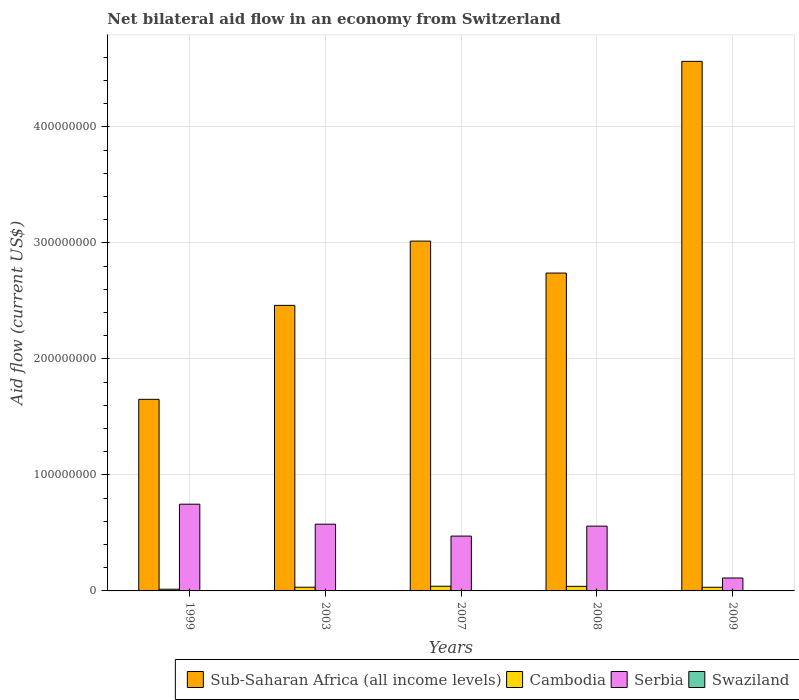
| Years | Sub-Saharan Africa (all income levels) | Cambodia | Serbia | Swaziland |
 | --- | --- | --- | --- | --- |
 | 1999 | 1.65e+08 | 1.46e+06 | 7.48e+07 | 4e+04 |
 | 2003 | 2.46e+08 | 3.19e+06 | 5.75e+07 | 7e+04 |
 | 2007 | 3.02e+08 | 4.03e+06 | 4.73e+07 | 2e+04 |
 | 2008 | 2.74e+08 | 3.95e+06 | 5.58e+07 | 1.4e+05 |
 | 2009 | 4.56e+08 | 3.16e+06 | 1.12e+07 | 2e+04 |